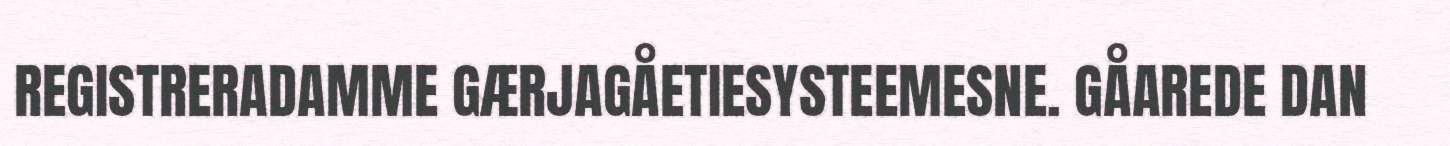
REGISTRERADAMME GÆRJAGÅETIESYSTEEMESNE. GÅAREDE DAN